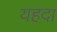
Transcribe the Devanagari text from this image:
यहदा